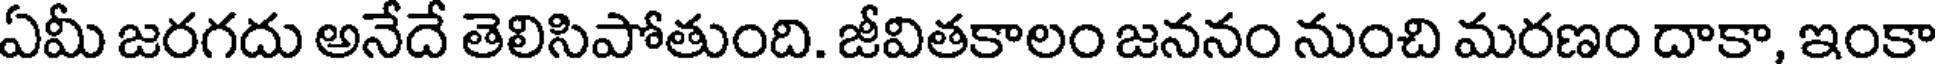
ఏమీ జరగదు అనేదే తెలిసిపోతుంది. జీవితకాలం జననం నుంచి మరణం దాకా, ఇంకా